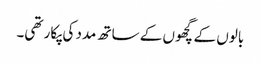
بالوں کے گچھوں کے ساتھ مدد کی پکار تھی۔